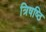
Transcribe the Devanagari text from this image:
त्रिषष्ठि